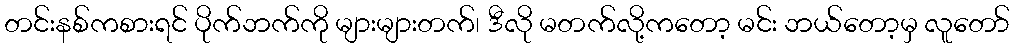
တင်းနစ်ကစားရင် ပိုက်ဘက်ကို များများတက်၊ ဒီလို မတက်လို့ကတော့ မင်း ဘယ်တော့မှ လူတော်